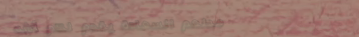
مطعم السعادة يقدم لكم أشه